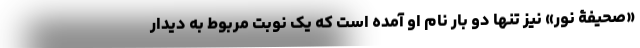
«صحیفۀ نور» نیز تنها دو بار نام او آمده است که یک نوبت مربوط به دیدار